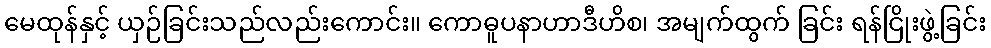
မေထုန်နှင့် ယှဉ်ခြင်းသည်လည်းကောင်း။ ကောဓူပနာဟာဒီဟိစ၊ အမျက်ထွက် ခြင်း ရန်ငြိုးဖွဲ့ခြင်း